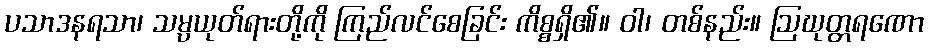
ပသာဒနရသာ၊ သမ္ပယုတ်ရားတို့ကို ကြည်လင်စေခြင်း ကိစ္စရှိ၏။ ဝါ၊ တစ်နည်း။ ဩဃုတ္တရဏော